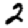
Digit: 2